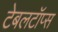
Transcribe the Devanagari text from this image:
टेबलटॉप्स